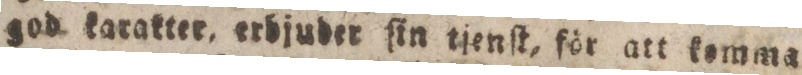
god karakter, erbjuder ſin ejenſt, för att komma